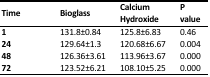
<table><thead><tr><td><b>Time </b></td><td><b>Bioglass</b></td><td><b>Calcium Hydroxide</b></td><td><b>P value</b></td></tr></thead><tbody><tr><td><b>1 </b></td><td>131.8±0.84</td><td>125.8±6.83</td><td>0.46</td></tr><tr><td><b>24 </b></td><td>129.64±1.3</td><td>120.68±6.67</td><td>0.004</td></tr><tr><td><b>48 </b></td><td>126.36±3.61</td><td>113.96±3.67</td><td>0.000</td></tr><tr><td><b>72 </b></td><td>123.52±6.21</td><td>108.10±5.25</td><td>0.000</td></tr></tbody></table>